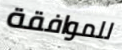
للموافقة